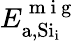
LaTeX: E_{\mathrm{a,Si_{i}}}^{\mathrm{~m~i~g~}}